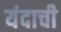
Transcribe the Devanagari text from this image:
यंदाची